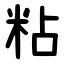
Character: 粘